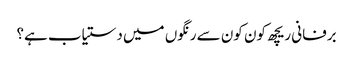
برفانی ریچھ کون کون سے رنگوں میں دستیاب ہے؟